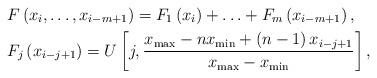
LaTeX: \begin{align*} &F\left( x_{i}, \dots, x_{i-m+1} \right) = F_1\left( x_{i} \right) + \ldots + F_m\left( x_{i-m+1} \right) , \\ &F_j\left(x_{i-j+1}\right) = U\left[ j, \frac{x_\mathrm{max} - n x_\mathrm{min} + \left(n-1\right)x_{i-j+1}}{x_\mathrm{max} - x_\mathrm{min}} \right] ,\end{align*}